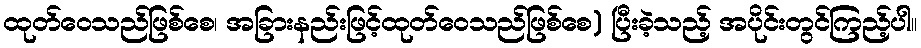
ထုတ်ဝေသည်ဖြစ်စေ၊ အခြားနည်းဖြင့်ထုတ်ဝေသည်ဖြစ်စေ) ပြီးခဲ့သည့် အပိုင်းတွင်ကြည့်ပါ။